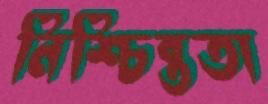
নিশ্চিন্ততা